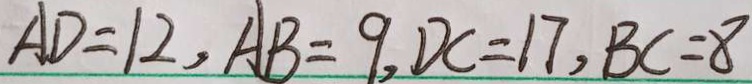
A D = 1 2 , A B = 9 , D C = 1 7 , B C = 8